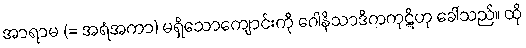
အာရာမ (= အရံအကာ) မရှိသောကျောင်းကို ဂေါနိသာဒိကကုဋိဟု ခေါ်သည်။ ထို